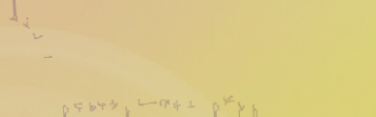
محلات بيع المجوهرات الذهب